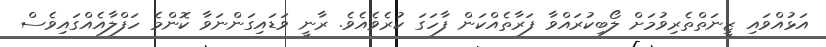
އަޅުއްވައި ޒީނަތްތެރިވުމަށް ލޯބިކުރައްވާ ފަރާތެއްކަން ފާހަގަ ކުރެވެއެވެ. ރާނީ ވަޑައިގަންނަވާ ކޮންމެ ހަފްލާއެއްގައިވެސް